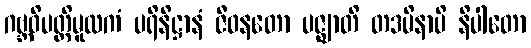
ဂဗ္ဘဝိပတ္တိမူလကံ ပရိနိဋ္ဌာနံ ဇီဝနတော ပဇ္ဈာတိ တဒမိနာပိ နိပါတော